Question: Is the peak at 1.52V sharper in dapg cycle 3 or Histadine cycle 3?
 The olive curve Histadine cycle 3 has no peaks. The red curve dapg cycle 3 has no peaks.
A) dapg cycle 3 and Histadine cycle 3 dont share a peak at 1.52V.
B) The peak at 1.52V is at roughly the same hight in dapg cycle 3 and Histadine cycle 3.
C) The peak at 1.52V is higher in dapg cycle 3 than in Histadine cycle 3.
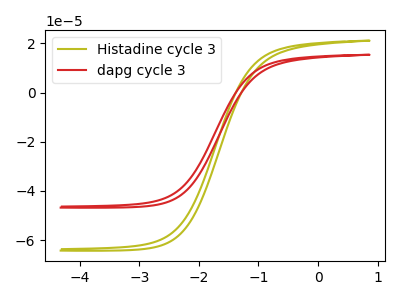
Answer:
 <answer>A) "dapg cycle 3" and "Histadine cycle 3" dont share a peak at 1.52V.</answer>
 <eval>A</eval>